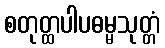
စတုတ္ထပါပဓမ္မသုတ္တံ